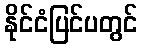
နိုင်ငံပြင်ပတွင်